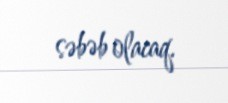
səbəb olacaq.